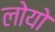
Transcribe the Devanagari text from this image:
लोयो